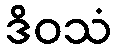
ဒိဝသံ